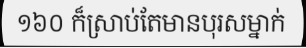
១៦០ ក៏ស្រាប់តែមានបុរសម្នាក់